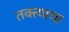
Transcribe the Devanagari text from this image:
तक्त्याचा